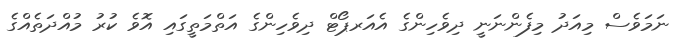
ނަމަވެސް މިއަދު މިފެންނަނީ ދިވެހިންގެ އެއަރޕޯޓް ދިވެހިންގެ އަތްމަތީގައި އޮވެ ކުރު މުއްދަތެއްގެ